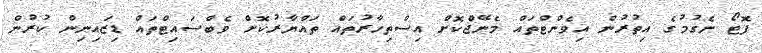
ފޮޓޯ ނެގުމުގެ އިތުރުން އިވެންޓްތައް މެނޭޖްކޮށް އިސްތިހާރުތައް ތައްޔާރުކޮށް ވެބްސައިޓްތައް ޑިޒައިނިން ކުރުން